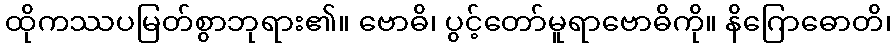
ထိုကဿပမြတ်စွာဘုရား၏။ ဗောဓိ၊ ပွင့်တော်မူရာဗောဓိကို။ နိဂြောဓောတိ၊